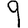
Digit: 9